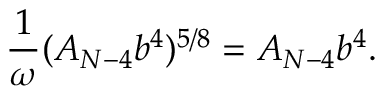
\frac { 1 } { \omega } ( A _ { N - 4 } b ^ { 4 } ) ^ { 5 / 8 } = A _ { N - 4 } b ^ { 4 } .